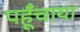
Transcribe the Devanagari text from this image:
पहूँचाया